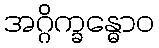
အဂ္ဂိက္ခန္ဓောဝ